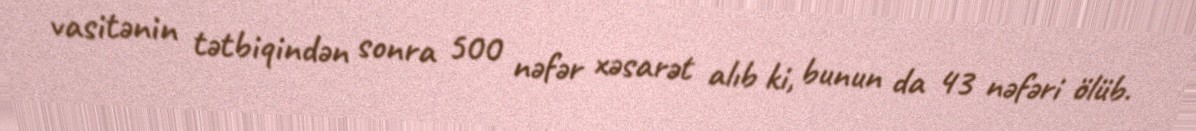
vasitənin tətbiqindən sonra 500 nəfər xəsarət alıb ki, bunun da 43 nəfəri ölüb.